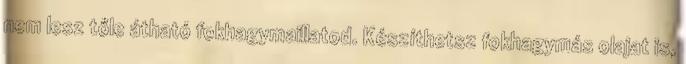
nem lesz tőle átható fokhagymaillatod. Készíthetsz fokhagymás olajat is,